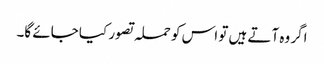
اگر وہ آتے ہیں تو اس کو حملہ تصور کیا جائے گا۔